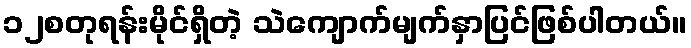
၁၂စတုရန်းမိုင်ရှိတဲ့ သဲကျောက်မျက်နှာပြင်ဖြစ်ပါတယ်။